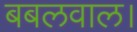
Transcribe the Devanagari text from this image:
बबलवाल।